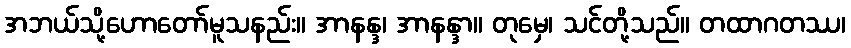
အဘယ်သို့ဟောတော်မူသနည်း။ အာနန္ဒ၊ အာနန္ဒာ။ တုမှေ၊ သင်တို့သည်။ တထာဂတဿ၊